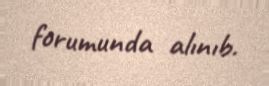
forumunda alınıb.